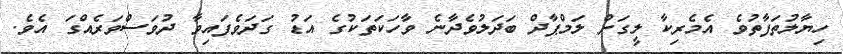
ހިޔާލުތަފާތުވެ އެމެރިކާ ލީގަށް ލަމްޕާދް ބަދަލުވެދާނެ ވާހަކަތަކުގެ އަޑު ގަދަވެފައިވާ ދުވަސްވަރެއްގަ އެވެ.